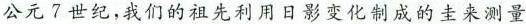
公元7世纪，我们的祖先利用日影变化制成的圭来测量